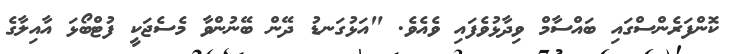
ކޮންފަރެންސްގައި ބައްސާމް ވިދާޅުވެފައި ވެއެވެ. "އަޅުގަނޑު ދޭން ބޭނުންވާ މެސެޖަކީ ފުޓްބޯޅަ އާއިލާގެ